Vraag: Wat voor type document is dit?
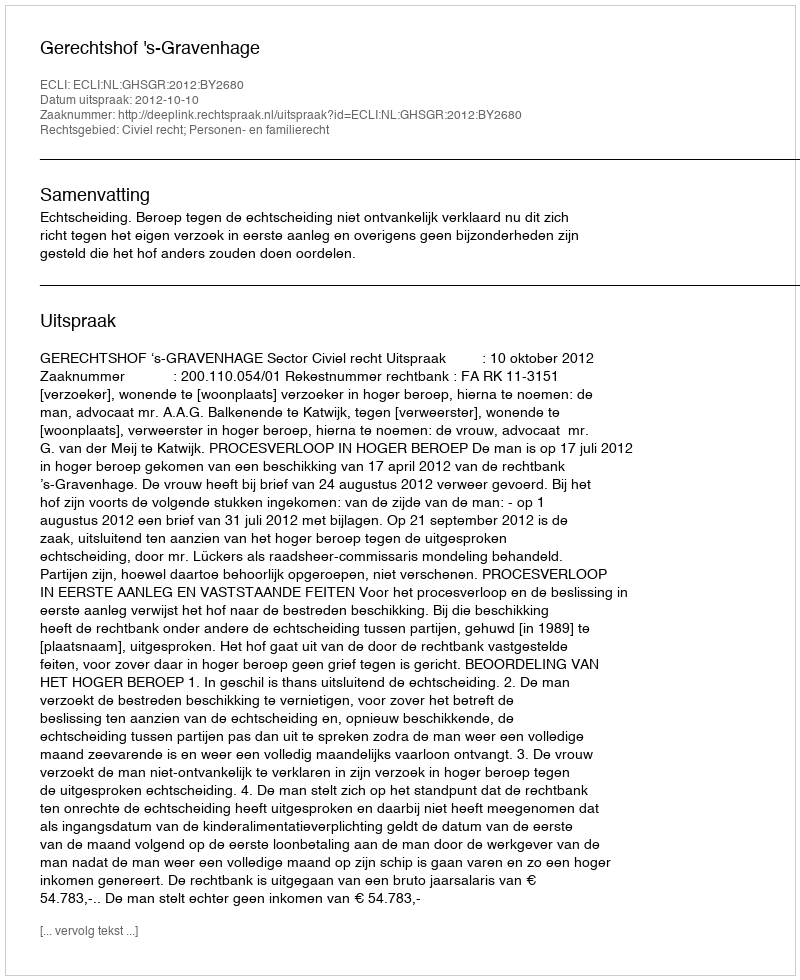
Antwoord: Uitspraak